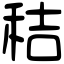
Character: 秸